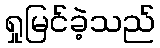
ရှုမြင်ခဲ့သည်